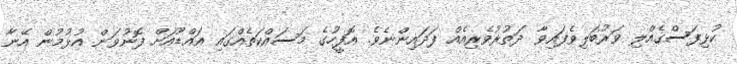
ކުޅިފަސްގެއްލި ވަރުބަލިވެފައިވާ ދަތުރުވެރިއެއް ފަދައިންނެވެ. އޮފީހުގެ މަސައްކަތެއްގައި އައްޑޫއަށް ފޮނުވަން އުޅުމުން އޭނާ